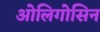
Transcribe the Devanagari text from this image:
ओलिगोसिन